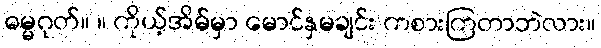
ဓမ္မဂုတ်။ ။ ကိုယ့်အိမ်မှာ မောင်နှမချင်း ကစားကြတာဘဲလား။